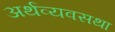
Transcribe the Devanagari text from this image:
अर्थव्यवसथा